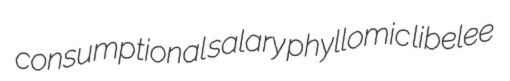
consumptional salary phyllomic libelee